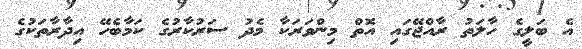
އެ ބަލީގެ ހާލަތު ރާއްޖޭގައި އޮތް މިންވަރަކާ މެދު ސަރުކާރުގެ ކަމާބެހޭ އިދާރާތަކުގެ